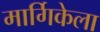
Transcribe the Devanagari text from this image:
मार्गिकेला